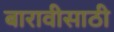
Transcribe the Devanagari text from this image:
बारावीसाठी